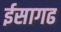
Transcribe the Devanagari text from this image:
ईसागढ